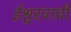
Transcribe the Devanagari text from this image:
ईश्वरवाची